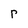
Character: r